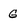
Character: G